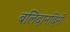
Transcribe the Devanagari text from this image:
बलिदानदिनी